Annual report of the Punjab Veterinary College and of the Civil Veterinary Department, Punjab - 1920-1925
Year: 1920
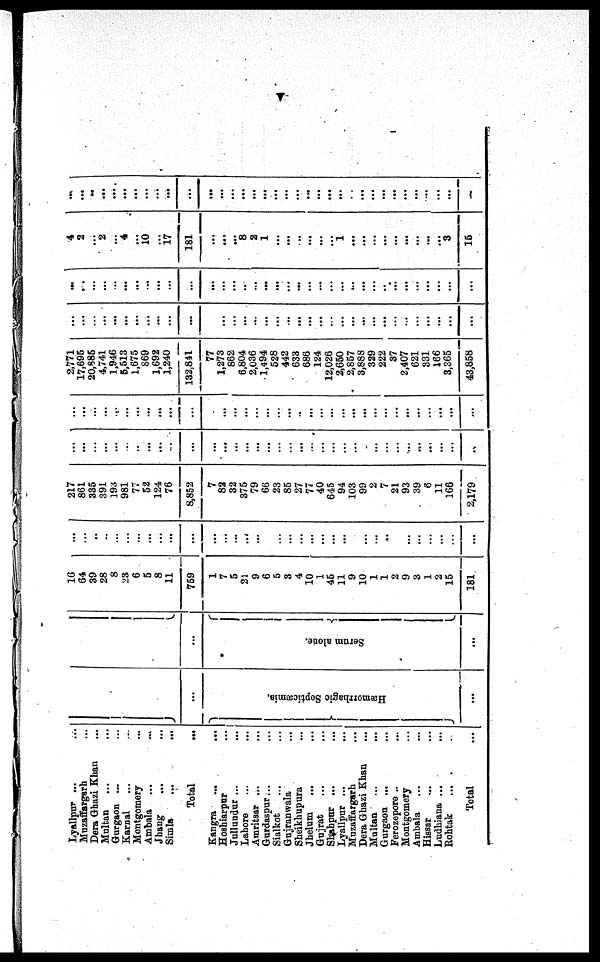
Lyallpur ... ...
Muzaffargarh ...
Dera Ghazi Khan ...
Mul t an ... ...
Gurgaon ... ...
Karnal ... ...
Mont gomery
...
Ambal a ...
...
Jhang ... ...
Si ml a ... ...
Total ...
Kangra ...
...
Hoshiarpur ...
Jullundur ... ...
Lahore ... ...
Amritsar ... ...
Gurdaspur... ...
Sialkot ... ...
Guj ranwal a ...
Sheikhupura ...
Jhelum ... ...
Gujrat ... ...
Shahpur ... ...
Lyallpur ... ...
Muzaffargarh ...
Dera Ghazi Khan ...
Mul t an ... ...
Gurgaon ...
...
Ferozepore ...
...
Mont gomery ...
Ambal a ... ...
Hissar ... ...
Ludhiana ... ...
Roht ak .... ...
Total ...
Se ptic
æmia .
Hæmo rrh
a
g ic
...
one.
Se ru
m alone.
...
16
64
39
28
8
23
6
5
8
11
769
1
7
5
21
9
6
5
3
4
10
1
45
11
9
10
1
1
2
9
3
1
2
15
181
...
... ..
..
...
...
... ...
... ...
...
...
... ...
...
...
...
...
...
...
...
...
...
...
...
...
... ...
...
...
...
...
...
217
861
335
391
193
981
77
52
124
76
8, 852
7
82
32
375
79
66
23
85
27
77
40
645
94
103
99
2
7
21
93
39
6
11
166
2, 179
...
...
...
...
...
...
...
...
...
...
...
...
...
...
...
...
...
...
...
...
...
...
...
...
...
...
...
...
...
...
...
...
...
...
...
...
...
...
...
...
...
...
...
...
...
...
...
...
...
...
...
...
...
...
...
...
...
...
...
...
...
...
...
...
...
...
...
...
...
...
2, 771
17, 695
20, 885
4, 741
1, 946
5, 513
1, 675
869
1, 692
1, 240
132, 841
77
1, 273
862
6, 804
2, 036
1, 494
528
442
633
686
124
12, 026
2, 650
2, 857
3,888
329
222
37
2, 407
621
331
166
3, 365
43, 858
...
...
...
...
...
...
...
...
...
...
...
...
...
...
...
...
...
...
...
...
...
...
...
...
...
...
...
...
...
...
...
...
...
...
...
...
...
...
...
...
...
...
...
...
...
...
...
...
...
...
...
...
...
...
...
...
...
...
...
...
...
...
...
...
...
...
...
...
...
...
4
2
...
2
... 4
...
10
... 17
181
...
...
...
8
2
1
...
...
... ...
...
... 1
...
...
... ...
...
...
... ...
...
3
15
...
...
...
...
...
...
...
...
... ...
...
...
...
...
...
...
...
...
...
...
...
...
...
...
...
...
...
...
...
...
...
...
...
...
...